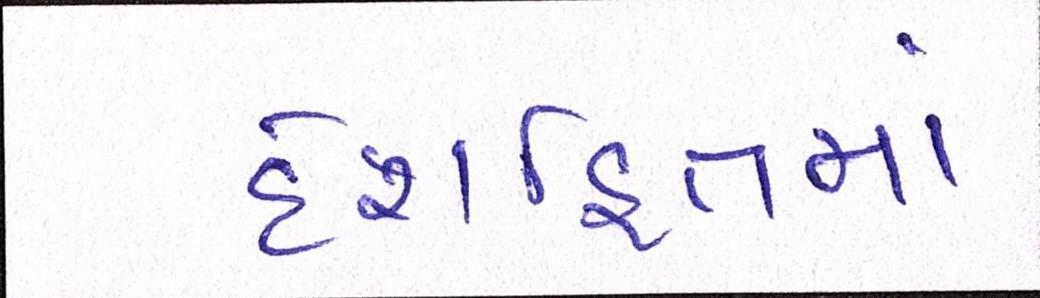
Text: દેશહિતમાં